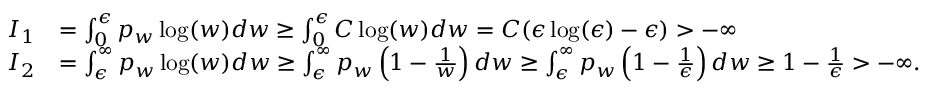
\begin{array} { r l } { I _ { 1 } } & { = \int _ { 0 } ^ { \epsilon } p _ { w } \log ( w ) d w \geq \int _ { 0 } ^ { \epsilon } C \log ( w ) d w = C ( \epsilon \log ( \epsilon ) - \epsilon ) > - \infty } \\ { I _ { 2 } } & { = \int _ { \epsilon } ^ { \infty } p _ { w } \log ( w ) d w \geq \int _ { \epsilon } ^ { \infty } p _ { w } \left( 1 - \frac { 1 } { w } \right) d w \geq \int _ { \epsilon } ^ { \infty } p _ { w } \left( 1 - \frac { 1 } { \epsilon } \right) d w \geq 1 - \frac { 1 } { \epsilon } > - \infty . } \end{array}